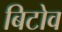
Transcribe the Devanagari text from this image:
बिटोव